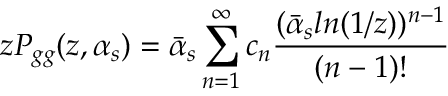
z P _ { g g } ( z , \alpha _ { s } ) = \bar { \alpha } _ { s } \sum _ { n = 1 } ^ { \infty } c _ { n } { \frac { ( \bar { \alpha } _ { s } l n ( 1 / z ) ) ^ { n - 1 } } { ( n - 1 ) ! } }